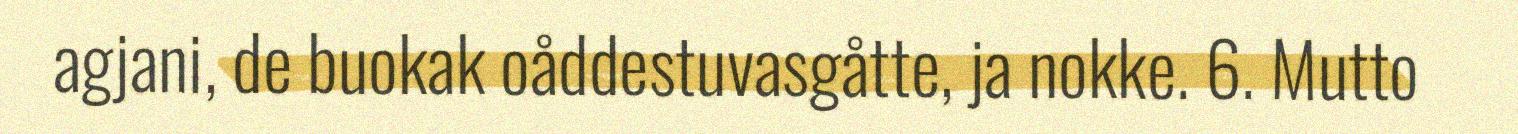
agjani, de buokak oåddestuvasgåtte, ja nokke. 6. Mutto